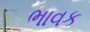
ભાવક